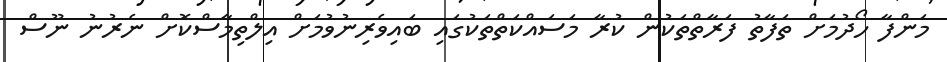
މަންފާ ހޯދުމަށް ތަފާތު ފަރާތްތަކުން ކުރާ މަސައްކަތްތަކުގައި ބައިވެރިނުވުމަށް އިލްތިމާސްކޮށް ނެރުނު ނޫސް